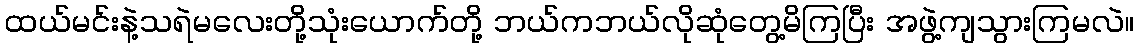
ထယ်မင်းနဲ့သရဲမလေးတို့သုံးယောက်တို့ ဘယ်ကဘယ်လိုဆုံတွေ့မိကြပြီး အဖွဲ့ကျသွားကြမလဲ။